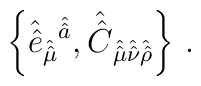
\left\{\hat{\hat{e}}_{\hat{\hat{\mu}}}{}^{\hat{\hat{a}}},\hat{\hat{C}}_{\hat{\hat{\mu}}\hat{\hat{\nu}}\hat{\hat{\rho}}}\right\}\, .